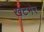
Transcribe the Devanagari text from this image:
खटमेर